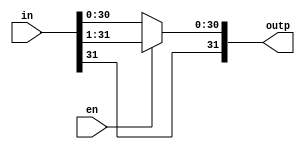
module sr1(in,en,outp);

input [31:0] in;
input en;
output [31:0] outp;
wire[31:0] out;

assign out[0 ] = in[1 ];
assign out[1 ] = in[2 ];
assign out[2 ] = in[3 ];
assign out[3 ] = in[4 ];
assign out[4 ] = in[5 ];
assign out[5 ] = in[6 ];
assign out[6 ] = in[7 ];
assign out[7 ] = in[8 ];
assign out[8 ] = in[9 ];
assign out[9 ] = in[10];
assign out[10] = in[11];
assign out[11] = in[12];
assign out[12] = in[13];
assign out[13] = in[14];
assign out[14] = in[15];
assign out[15] = in[16];
assign out[16] = in[17];
assign out[17] = in[18];
assign out[18] = in[19];
assign out[19] = in[20];
assign out[20] = in[21];
assign out[21] = in[22];
assign out[22] = in[23];
assign out[23] = in[24];
assign out[24] = in[25];
assign out[25] = in[26];
assign out[26] = in[27];
assign out[27] = in[28];
assign out[28] = in[29];
assign out[29] = in[30];
assign out[30] = in[31];
assign out[31] = in[31];

assign outp = en? out:in;

endmodule